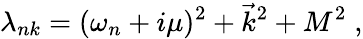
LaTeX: \lambda_{nk}=(\omega_{n}+i\mu)^{2}+\vec{k}^{2}+M^{2}\; ,